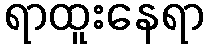
ရာထူးနေရာ